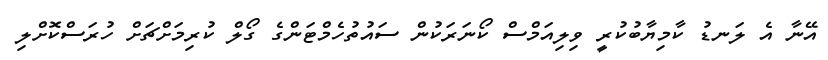
އޭނާ އެ ލަނޑު ކާމިޔާބުކުރީ ވިލިއަމްސް ކޯނަރަކުން ސައުތުހެމްޓަންގެ ގޯލް ކުރިމަށްޗަށް ހުރަސްކޮށްލި